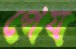
পেয়